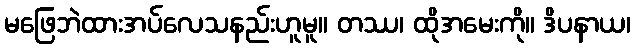
မဖြေဘဲထားအပ်လေသနည်းဟူမူ။ တဿ၊ ထိုအမေးကို။ ဒိပနာယ၊